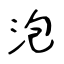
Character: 泡